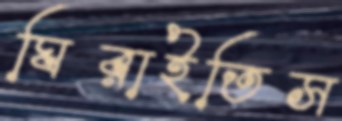
ঘিরাইতিস